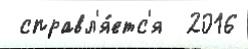
 справл'я́етс'я  2016